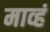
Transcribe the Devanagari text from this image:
माव्हं